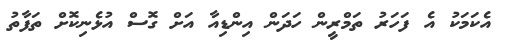
އެކަމަކު އެ ފަހަރު ތަމްރީން ހަދަން އިންޑިއާ އަށް ގޮސް އުޅެނިކޮށް ތަފާތު